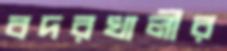
বদরখালীর